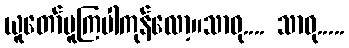
ယူတော်မူကြပါကုန်လော့။သာဓု.... သာဓု.....